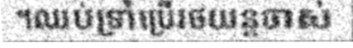
។ឈប់ទ្រាំប្រើរថយន្តចាស់